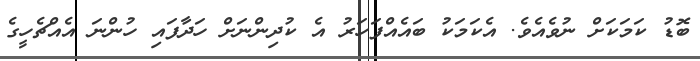
ބޮޑު ކަމަކަށް ނުވެއެވެ. އެކަމަކު ބައެއްފަހަރު އެ ކުދިންނަށް ހަދާފައި ހުންނަ އެއްޗެހީގެ